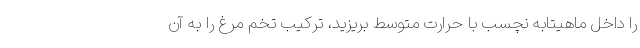
را داخل ماهیتابه نچسب با حرارت متوسط بریزید، ترکیب تخم مرغ را به آن